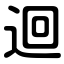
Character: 迴